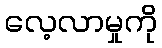
လေ့လာမှုကို